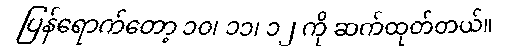
ပြန်ရောက်တော့ ၁၀၊ ၁၁၊ ၁၂ ကို ဆက်ထုတ်တယ်။